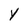
Character: Y